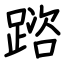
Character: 䠖